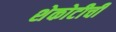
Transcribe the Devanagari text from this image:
शेकोटीची